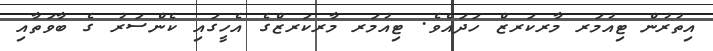
އިތުރުން ޓިއުމަރ މާރކަރޒް ހަދައެވެ. ޓިއުމަރ މާރކަރޒްގެ އެހީގައި ކެންސަރު ގެ ބާވަތާއި